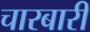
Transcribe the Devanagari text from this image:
चारबारी